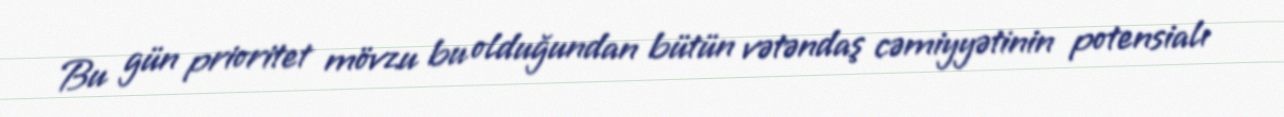
Bu gün prioritet mövzu bu olduğundan bütün vətəndaş cəmiyyətinin potensialı